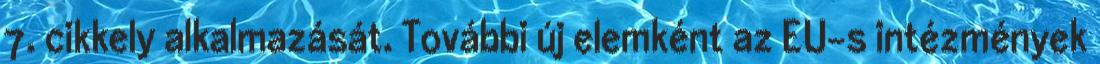
7. cikkely alkalmazását. További új elemként az EU-s intézmények